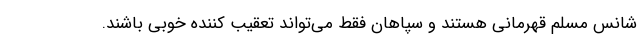
شانس مسلم قهرمانی هستند و سپاهان فقط می‌تواند تعقیب کننده خوبی باشند.